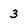
Character: 3